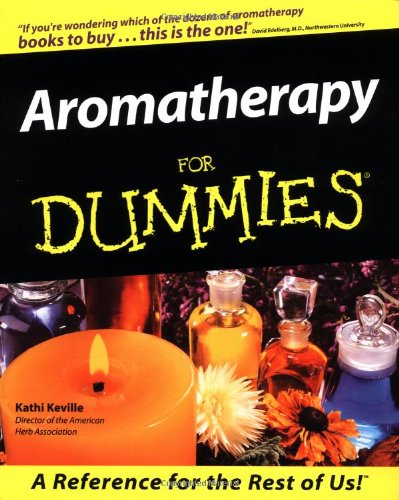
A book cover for Aromatherapy For Dummies; Kathi Keville; Health, Fitness & Dieting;